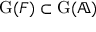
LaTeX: \mathrm { G } ( F ) \subset \mathrm { G } ( \mathbb { A } )